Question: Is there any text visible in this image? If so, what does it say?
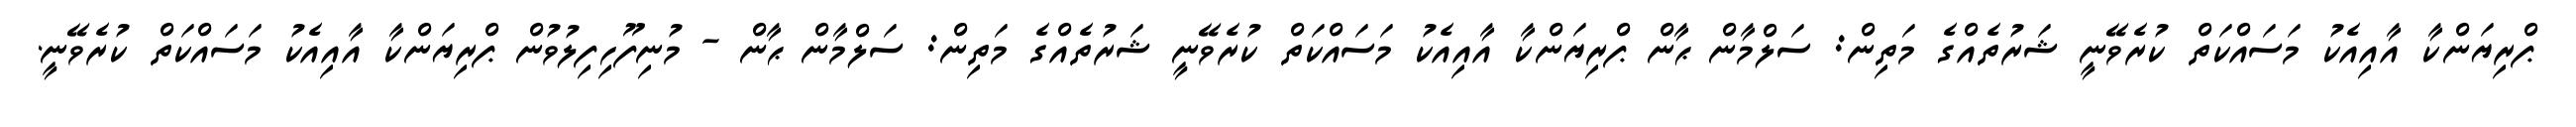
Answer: ޕްރިޔަންކާ އާއިއެކު މަސައްކަތް ކުރެވޭނީ ޝަރުތެއްގެ މަތިން: ސަލްމާން ޙާން ޕްރިޔަންކާ އާއިއެކު މަސައްކަތް ކުރެވޭނީ ޝަރުތެއްގެ މަތިން: ސަލްމާން ޙާން - މުނިފޫހިފިލުވުން ޕްރިޔަންކާ އާއިއެކު މަސައްކަތް ކުރެވޭނީ.